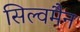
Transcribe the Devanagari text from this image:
सिल्वमैन